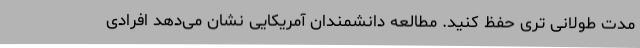
مدت طولانی تری حفظ کنید. مطالعه دانشمندان آمریکایی نشان می‌دهد افرادی